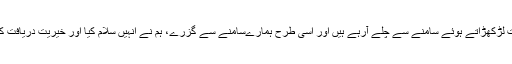
ایک روز ہم نے دیکھا کہ سلیم صاحب رات کے وقت لڑکھڑاتے ہوئے سامنے سے چلے آرہے ہیں اور اسی طرح ہمارےسامنے سے گزرے، ہم نے انہیں سلام کیا اور خیریت دریافت کی تو اُنہوں نے ہماری طرف ذرا بھی توجہ نہیں دی۔